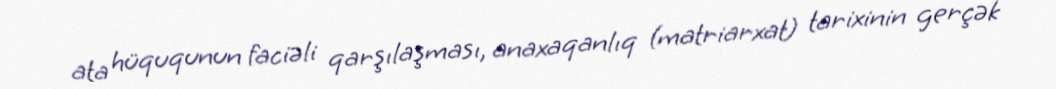
ata hüququnun faciəli qarşılaşması, anaxaqanlıq (matriarxat) tarixinin gerçək